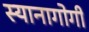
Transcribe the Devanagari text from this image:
स्यानागोगी